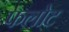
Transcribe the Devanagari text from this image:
फलोट